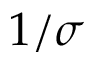
1 / \sigma